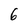
Character: 6